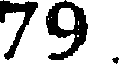
79